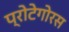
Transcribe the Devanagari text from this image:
प्रोटेगोरस